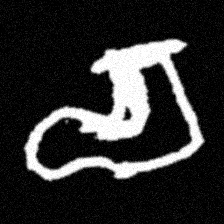
Pyu character \u2014 Myanmar letter: စ (romanized: ca)